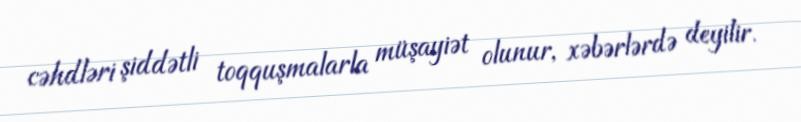
cəhdləri şiddətli toqquşmalarla müşayiət olunur, xəbərlərdə deyilir.